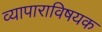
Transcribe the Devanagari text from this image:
व्यापाराविषयक